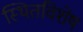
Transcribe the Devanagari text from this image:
स्थितविशेष